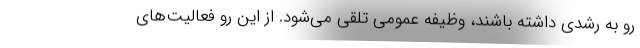
رو به رشدی داشته باشند، وظیفه عمومی تلقی می‌شود. از این رو فعالیت‌های